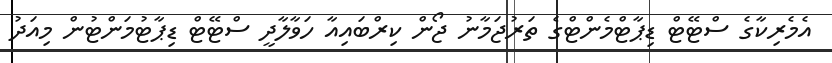
އެމެރިކާގެ ސްޓޭޓް ޑިޕާޓްމެންޓްގެ ތަރުޖަމާނު ޖޯން ކިރްބައިއާ ހަވާލާދީ ސްޓޭޓް ޑިޕާޓުމަންޓުން މިއަދު